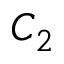
C _ { 2 }